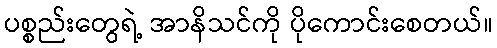
ပစ္စည်းတွေရဲ့ အာနိသင်ကို ပိုကောင်းစေတယ်။